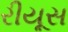
રીયૂસ